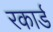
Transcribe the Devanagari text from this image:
रकार्ड